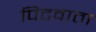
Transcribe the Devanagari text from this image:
पिटवाता